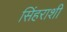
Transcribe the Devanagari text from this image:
सिंहराशी